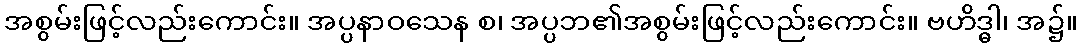
အစွမ်းဖြင့်လည်းကောင်း။ အပ္ပနာဝသေန စ၊ အပ္ပဘ၏အစွမ်းဖြင့်လည်းကောင်း။ ဗဟိဒ္ဓါ၊ အ၌။